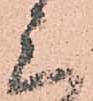
三